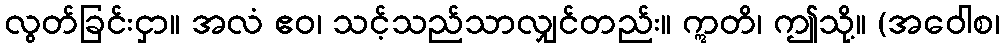
လွတ်ခြင်းငှာ။ အလံ ဧဝ၊ သင့်သည်သာလျှင်တည်း။ ဣတိ၊ ဤသို့။ (အဝေါစ၊